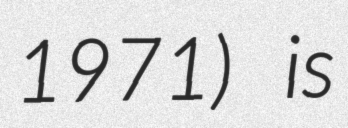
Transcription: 1971) is